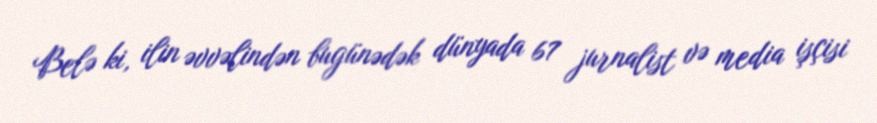
Belə ki, ilin əvvəlindən bugünədək dünyada 67 jurnalist və media işçisi